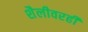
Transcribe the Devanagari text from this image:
शैलीवरही